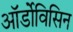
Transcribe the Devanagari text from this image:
ऑर्डोविसिन